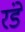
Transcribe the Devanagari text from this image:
रंडे